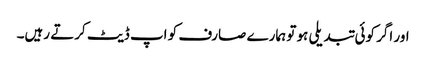
اور اگر کوئی تبدیلی ہو تو ہمارے صارف کو اپ ڈیٹ کرتے رہیں۔